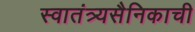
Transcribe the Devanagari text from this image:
स्वातंत्र्यसैनिकाची